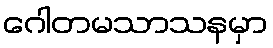
ဂေါတမသာသနမှာ